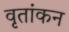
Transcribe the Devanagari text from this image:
वृतांकन